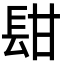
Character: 𨱫